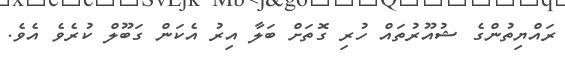
ރައްޔިތުންގެ ޝުއޫރުތައް ހުރި ގޮތަށް ބަލާ އިރު އެކަން ގަބޫލް ކުރެވެ އެވެ.